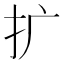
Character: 扩